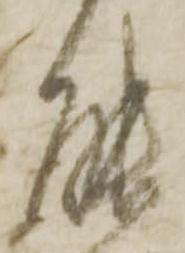
能